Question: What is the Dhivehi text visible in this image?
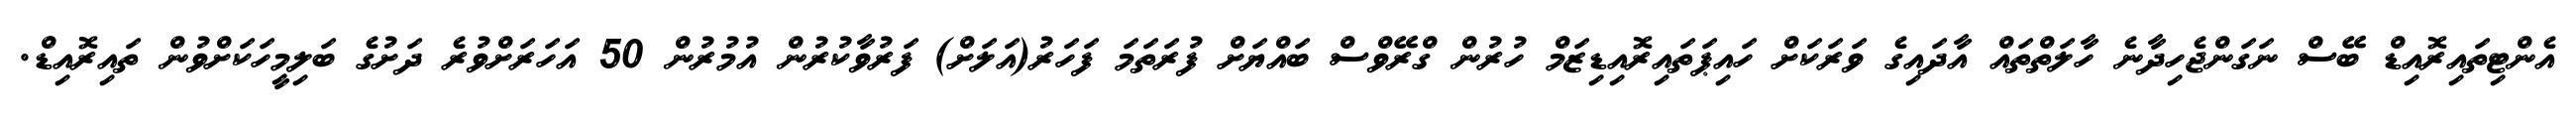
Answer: އެންޓިތައިރޮއިޑް ބޭސް ނަގަންޖެހިދާނެ ހާލަތްތައް އާދައިގެ ވަރަކަށް ހައިޕަތައިރޮއިޑިޒަމް ހުރުން ގްރޭވްސް ބައްޔަށް ފުރަތަމަ ފަހަރު(އަލަށް) ފަރުވާކުރުން އުމުރުން 50 އަހަރަށްވުރެ ދަށުގެ ބަލިމީހަކަށްވުން ތައިރޮއިޑް.